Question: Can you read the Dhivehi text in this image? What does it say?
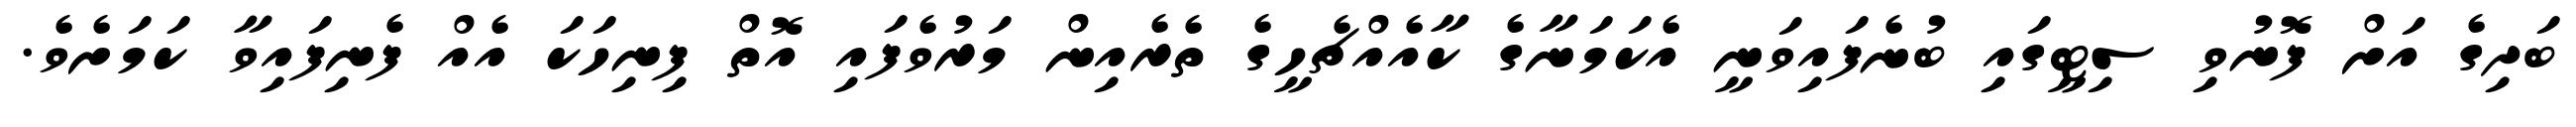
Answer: ބަދިގެ އަށް ފޮނުވި ސިޓީގައި ބުނެފައިވަނީ އެކަމަނާގެ ކާއެއްޗެހީގެ ތެރެއިން މަރުވެފައި އޮތް ފިނިހަކަ އެއް ފެނިފައިވާ ކަމަށެވެ.